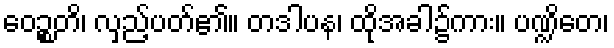
ဝေဉ္စတိ၊ လှည့်ပတ်၏။ တဒါပန၊ ထိုအခါ၌ကား။ ပဏ္ဍိတေ၊